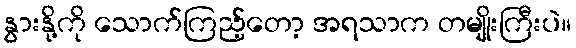
နွားနို့ကို သောက်ကြည့်တော့ အရသာက တမျိုးကြီးပဲ။